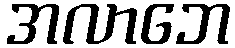
အလာဘေ